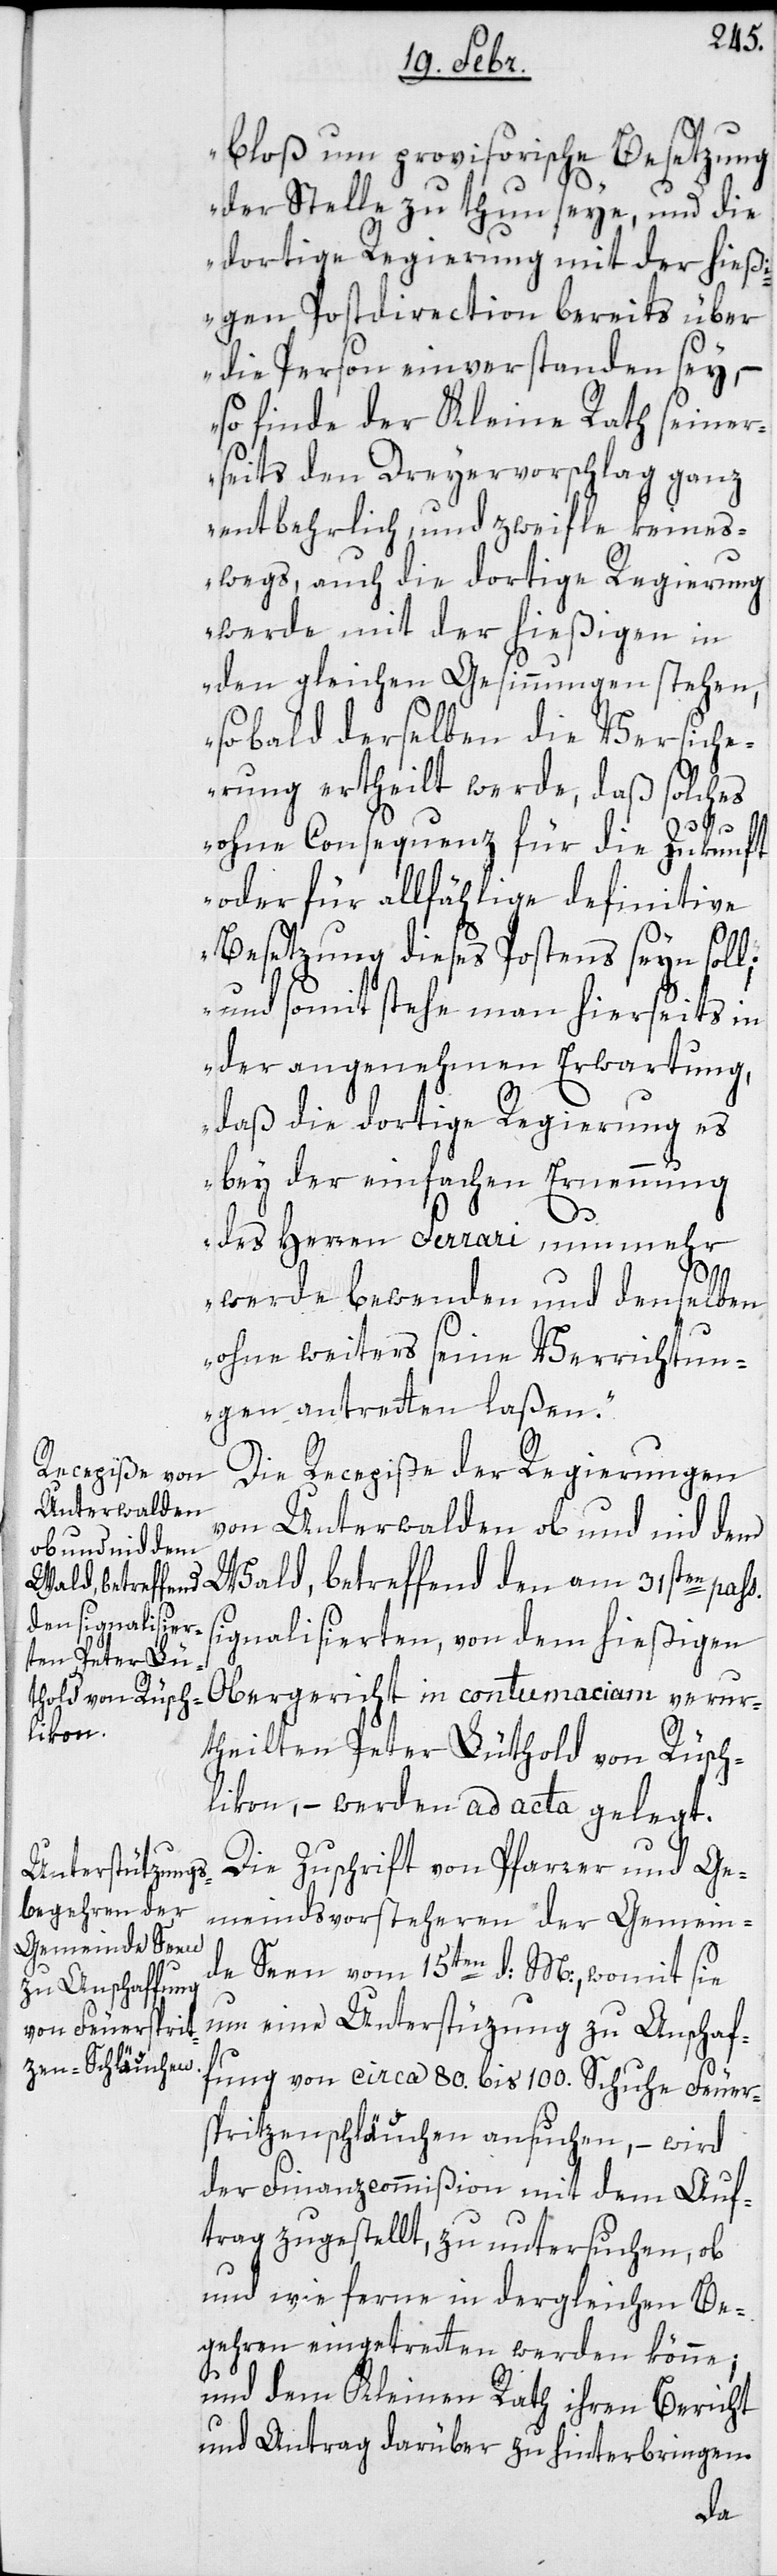
bloß um provisorische Besetzung
der Stelle zu thun seye, und die
dortige Regierung mit der hieß¬
igen Postdirection bereits über
die Person einverstanden sey, –
so finde der Kleine Rath seiner¬
seits den Dreyervorschlag ganz
entbehrlich und zweyfle keines¬
wegs, auch die dortige Regierung
werde mit der hießigen in
den gleichen Gesinnungen stehen,
sobald derselben die Versiche¬
rung ertheilt werde, daß solches
ohne Consequenz für die Zukunft
oder für allfällige definitive
Besetzung dieses Postens seyn soll;
und somit stehe man hierseits in
der angenehmen Erwartung,
daß die dortige Regierung es
bey der einfachen Ernennung
des Herren Ferrari nunmehr
s. s¬
werde bewenden und denselben
ohne weiters seine Verrichtun¬
gen antreten laßen“.
Die Recepiße der Regierungen
von Unterwalden ob und nid dem
Wald, betreffend den am 31sten pas¬
ignalisierten, von dem hießigen
Obergericht in contumaciam verur¬
theilten Peter Lüthold von Rüsch¬
likon, – werden ad acta gelegt.
Die Zuschrift von Pfarrer und Ge¬
meindsvorsteheren der Gemein¬
de Seen vom 15ten d. M., womit sie
um eine Unterstützung zu Anschaf¬
fung von circa 80. bis 100. Schuhe Feuer¬
spritzen-Schläuchen ansuchen, – wird
der Finanzcommißion mit dem Auf¬
trag zugestellt, zu untersuchen, ob
und in wie ferne in dergleichen Be¬
gehren eingetreten werden könne;
und dem Kleinen Rath ihren Bericht
und Antrag darüber zu hinterbringen.